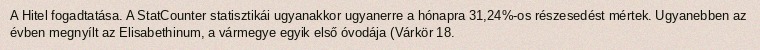
A Hitel fogadtatása. A StatCounter statisztikái ugyanakkor ugyanerre a hónapra 31,24%-os részesedést mértek. Ugyanebben az évben megnyílt az Elisabethinum, a vármegye egyik első óvodája (Várkör 18.